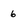
Character: 6